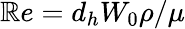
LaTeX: \mathbb{R}e=d_{h}W_{0}\rho/\mu